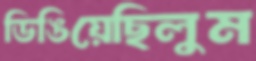
ডিঙিয়েছিলুম